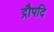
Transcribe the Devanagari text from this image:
द्रौपदि